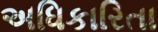
અધિકારિતા